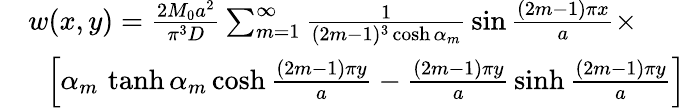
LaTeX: {\begin{array}{rl}&{w(x,y)={\frac{2M_{0}a^{2}}{\pi^{3}D}}\sum_{m=1}^{\infty}{\frac{1}{(2m-1)^{3}\cosh\alpha_{m}}}\sin{\frac{(2m-1)\pi x}{a}}\times}\\ &{~~\left[\alpha_{m}\, \operatorname{tanh}\alpha_{m}\cosh{\frac{(2m-1)\pi y}{a}}-{\frac{(2m-1)\pi y}{a}}\sinh{\frac{(2m-1)\pi y}{a}}\right]}\end{array}}